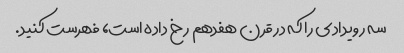
سه رویدادی را که در قرن هفدهم رخ داده است، فهرست کنید.